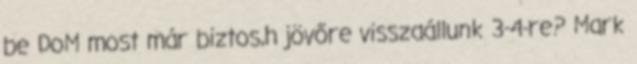
be DoM most már biztos,h jövőre visszaállunk 3-4-re? Mark